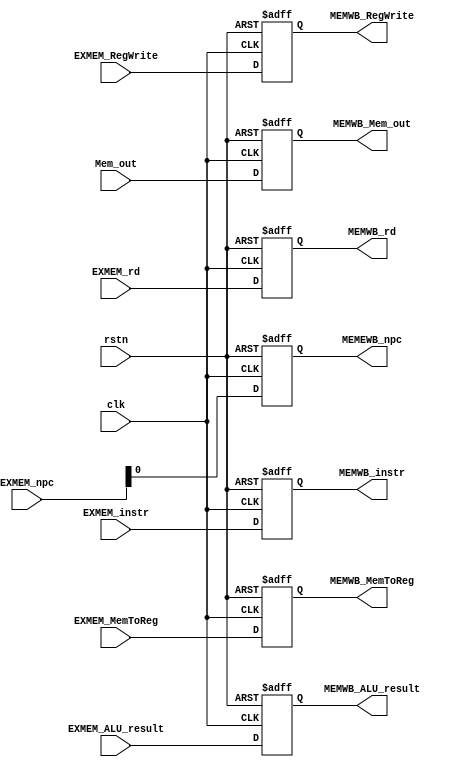
`timescale 1ns / 1ps
//////////////////////////////////////////////////////////////////////////////////
// Company: 
// Engineer: 
// 
// Design Name: 
// Module Name: MEMWB
// Project Name: 
// Target Devices: 
// Tool Versions: 
// Description: 
// 
// Dependencies: 
// 
// Revision:
// Revision 0.01 - File Created
// Additional Comments:
// 
//////////////////////////////////////////////////////////////////////////////////


module MEMWB(
    input clk,
    input rstn,
    input [31: 0] EXMEM_npc,
    input [31: 0] EXMEM_instr,
    /* EXMEM */
    input EXMEM_RegWrite,
    input EXMEM_MemToReg,
    /* EXMEM */
    input [4: 0] EXMEM_rd,
    input [31: 0] EXMEM_ALU_result,
    input [31: 0] Mem_out,

    /*  */
    output reg MEMWB_RegWrite,
    output reg MEMWB_MemToReg,
    /*  */
    output reg MEMEWB_npc,
    output reg [4: 0] MEMWB_rd,
    output reg [31: 0] MEMWB_instr,
    output reg [31: 0] MEMWB_ALU_result,
    output reg [31: 0] MEMWB_Mem_out
    );
    always @(posedge clk, negedge rstn) begin
        if(!rstn) begin
            /*  */
            MEMWB_RegWrite <= 1'b0;
            MEMWB_MemToReg <= 1'b0;
            /*  */
            MEMEWB_npc <= 32'h0;
            MEMWB_rd <= 5'b0;
            MEMWB_instr <= 32'h0;
            MEMWB_ALU_result <= 32'h0;
            MEMWB_Mem_out <= 32'h0;
        end
        else begin
            /*  */
            MEMWB_RegWrite <= EXMEM_RegWrite;
            MEMWB_MemToReg <= EXMEM_MemToReg;
            /*  */
            MEMEWB_npc <= EXMEM_npc;
            MEMWB_rd <= EXMEM_rd;
            MEMWB_instr <= EXMEM_instr; 
            MEMWB_ALU_result <= EXMEM_ALU_result;
            MEMWB_Mem_out <= Mem_out;
        end
    end
endmodule